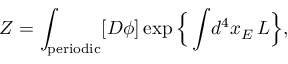
Z = \int _ { \mathrm { p e r i o d i c } } [ D \phi ] \exp \Big \{ \int \! d ^ { 4 } x _ { E } \, { \cal L } \Big \} ,